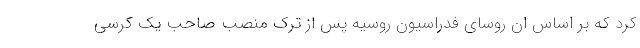
کرد که بر اساس ان روسای فدراسیون روسیه پس از ترک منصب صاحب یک کرسی